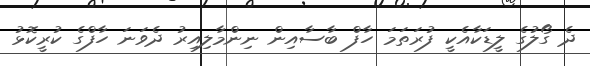
ދެ ގޯލުގެ ލީޑަކާއެކީ ފުރަތަމަ ހާފް ބާސާއިން ނިންމާލިއިރު ދެވަނަ ހާފްގެ ކުރީކޮޅު